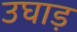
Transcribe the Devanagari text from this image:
उघाड़